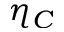
\eta _ { C }